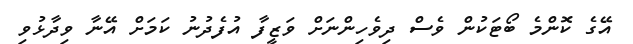
އޭގެ ކޮންމެ ބޯޓަކުން ވެސް ދިވެހިންނަށް ވަޒީފާ އުފެދުނު ކަމަށް އޭނާ ވިދާޅުވި